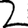
Digit: 2